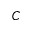
C